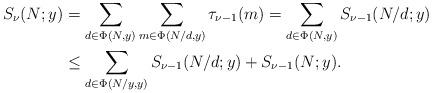
LaTeX: \begin{align*}S_{\nu}(N;y) & = \sum_{d\in \Phi(N,y)} \sum_{m\in \Phi(N/d,y)} \tau_{\nu-1}(m)= \sum_{d\in \Phi(N,y)} S_{\nu-1}(N/d;y) \\& \le \sum_{d\in \Phi(N/y,y)} S_{\nu-1}(N/d;y) + S_{\nu-1}(N;y).\end{align*}